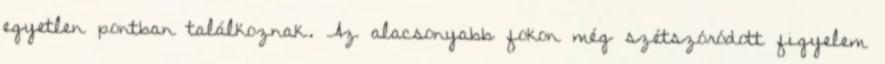
egyetlen pontban találkoznak. Az alacsonyabb fokon még szétszóródott figyelem